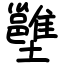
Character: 𡓱